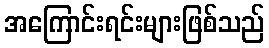
အကြောင်းရင်းများဖြစ်သည်